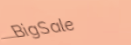
BigSale